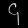
Digit: ၄